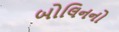
બોલિનનો